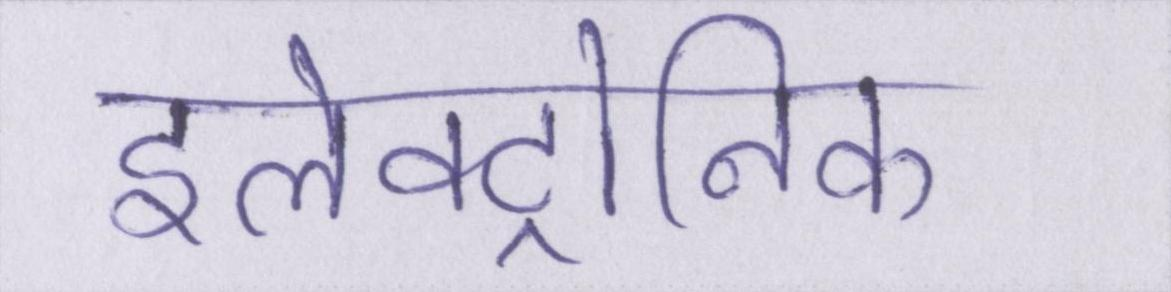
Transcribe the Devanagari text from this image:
इलेक्ट्रोनिक